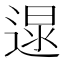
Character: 𨔯